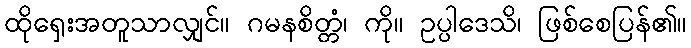
ထိုရှေးအတူသာလျှင်။ ဂမနစိတ္တံ၊ ကို။ ဥပ္ပါဒေသိ၊ ဖြစ်စေပြန်၏။